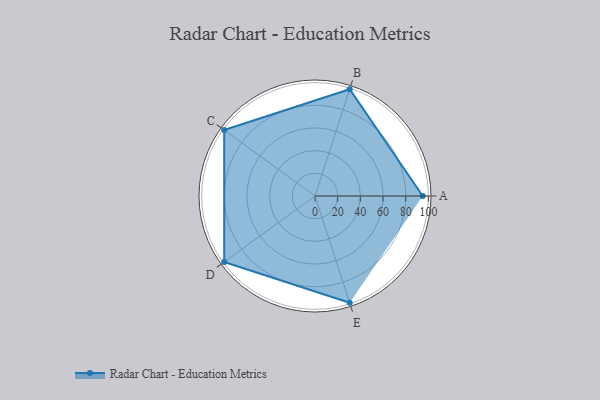
{"axis": {"x": "Skill", "y": "Score"}, "legend": ["Profile"], "data": [{"x": "A", "y": 95.0, "type": "Profile"}, {"x": "B", "y": 99.0, "type": "Profile"}, {"x": "C", "y": 99, "type": "Profile"}, {"x": "D", "y": 99, "type": "Profile"}, {"x": "E", "y": 99, "type": "Profile"}]}